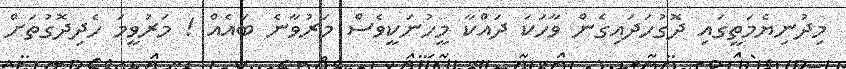
މިދުނިޔެމަތީގައި ދޮގުހަދައިގެން ވާހަކަ ދައްކާ މީހުނަކީވެސް މަރުވާނެ ބައެއް ! މަރުވީމަ ހެދިދޮގުތަށް